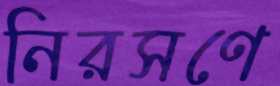
নিরসণে